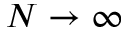
N \rightarrow \infty